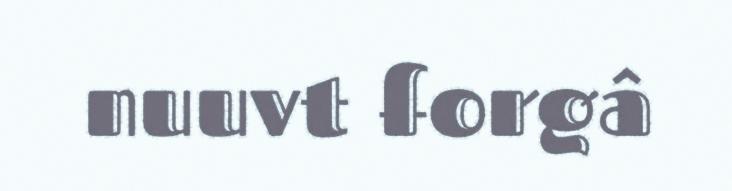
nuuvt forgâ